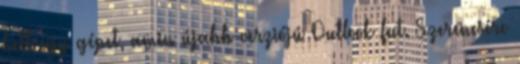
kell egy gépet, amin újabb verziójú Outlook fut. Szerencsére